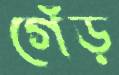
গেঁড়